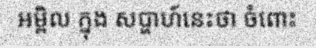
អម្ពិល ក្នុង សប្ហាហ៍នេះថា ចំពោះ